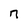
Character: n